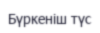
Бүркеніш түс